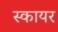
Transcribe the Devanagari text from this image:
स्कायर